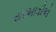
સરખાવીએ